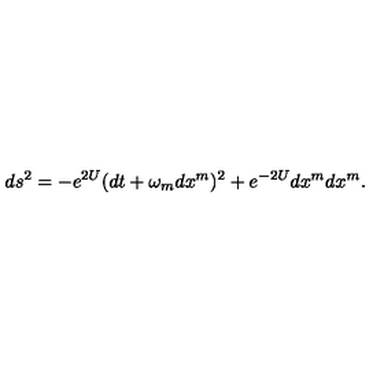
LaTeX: d s ^ { 2 } = - e ^ { 2 U } ( d t + \omega _ { m } d x ^ { m } ) ^ { 2 } + e ^ { - 2 U } d x ^ { m } d x ^ { m } .